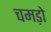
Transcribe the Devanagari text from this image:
चमड़ो